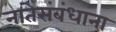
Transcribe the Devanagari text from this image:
नातेसंबंधाना